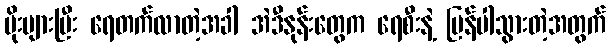
မိုးများပြီး ရေတက်လာတဲ့အခါ အဲဒီနုန်းတွေက ရေစီးနဲ့ ပြန်ပါသွားတဲ့အတွက်